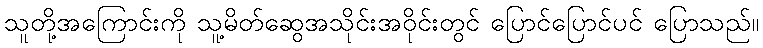
သူတို့အကြောင်းကို သူ့မိတ်ဆွေအသိုင်းအဝိုင်းတွင် ပြောင်ပြောင်ပင် ပြောသည်။